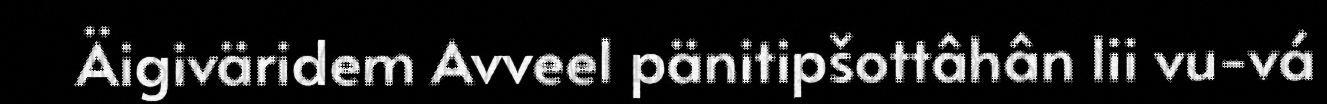
Äigiväridem Avveel pänitipšottâhân lii vu-vá